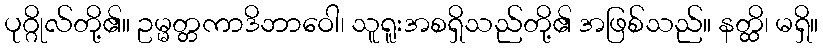
ပုဂ္ဂိုလ်တို့၏။ ဥမ္မတ္တကာဒိဘာဝေါ၊ သူရူးအစရှိသည်တို့၏ အဖြစ်သည်။ နတ္ထိ၊ မရှိ။